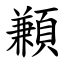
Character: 䫡